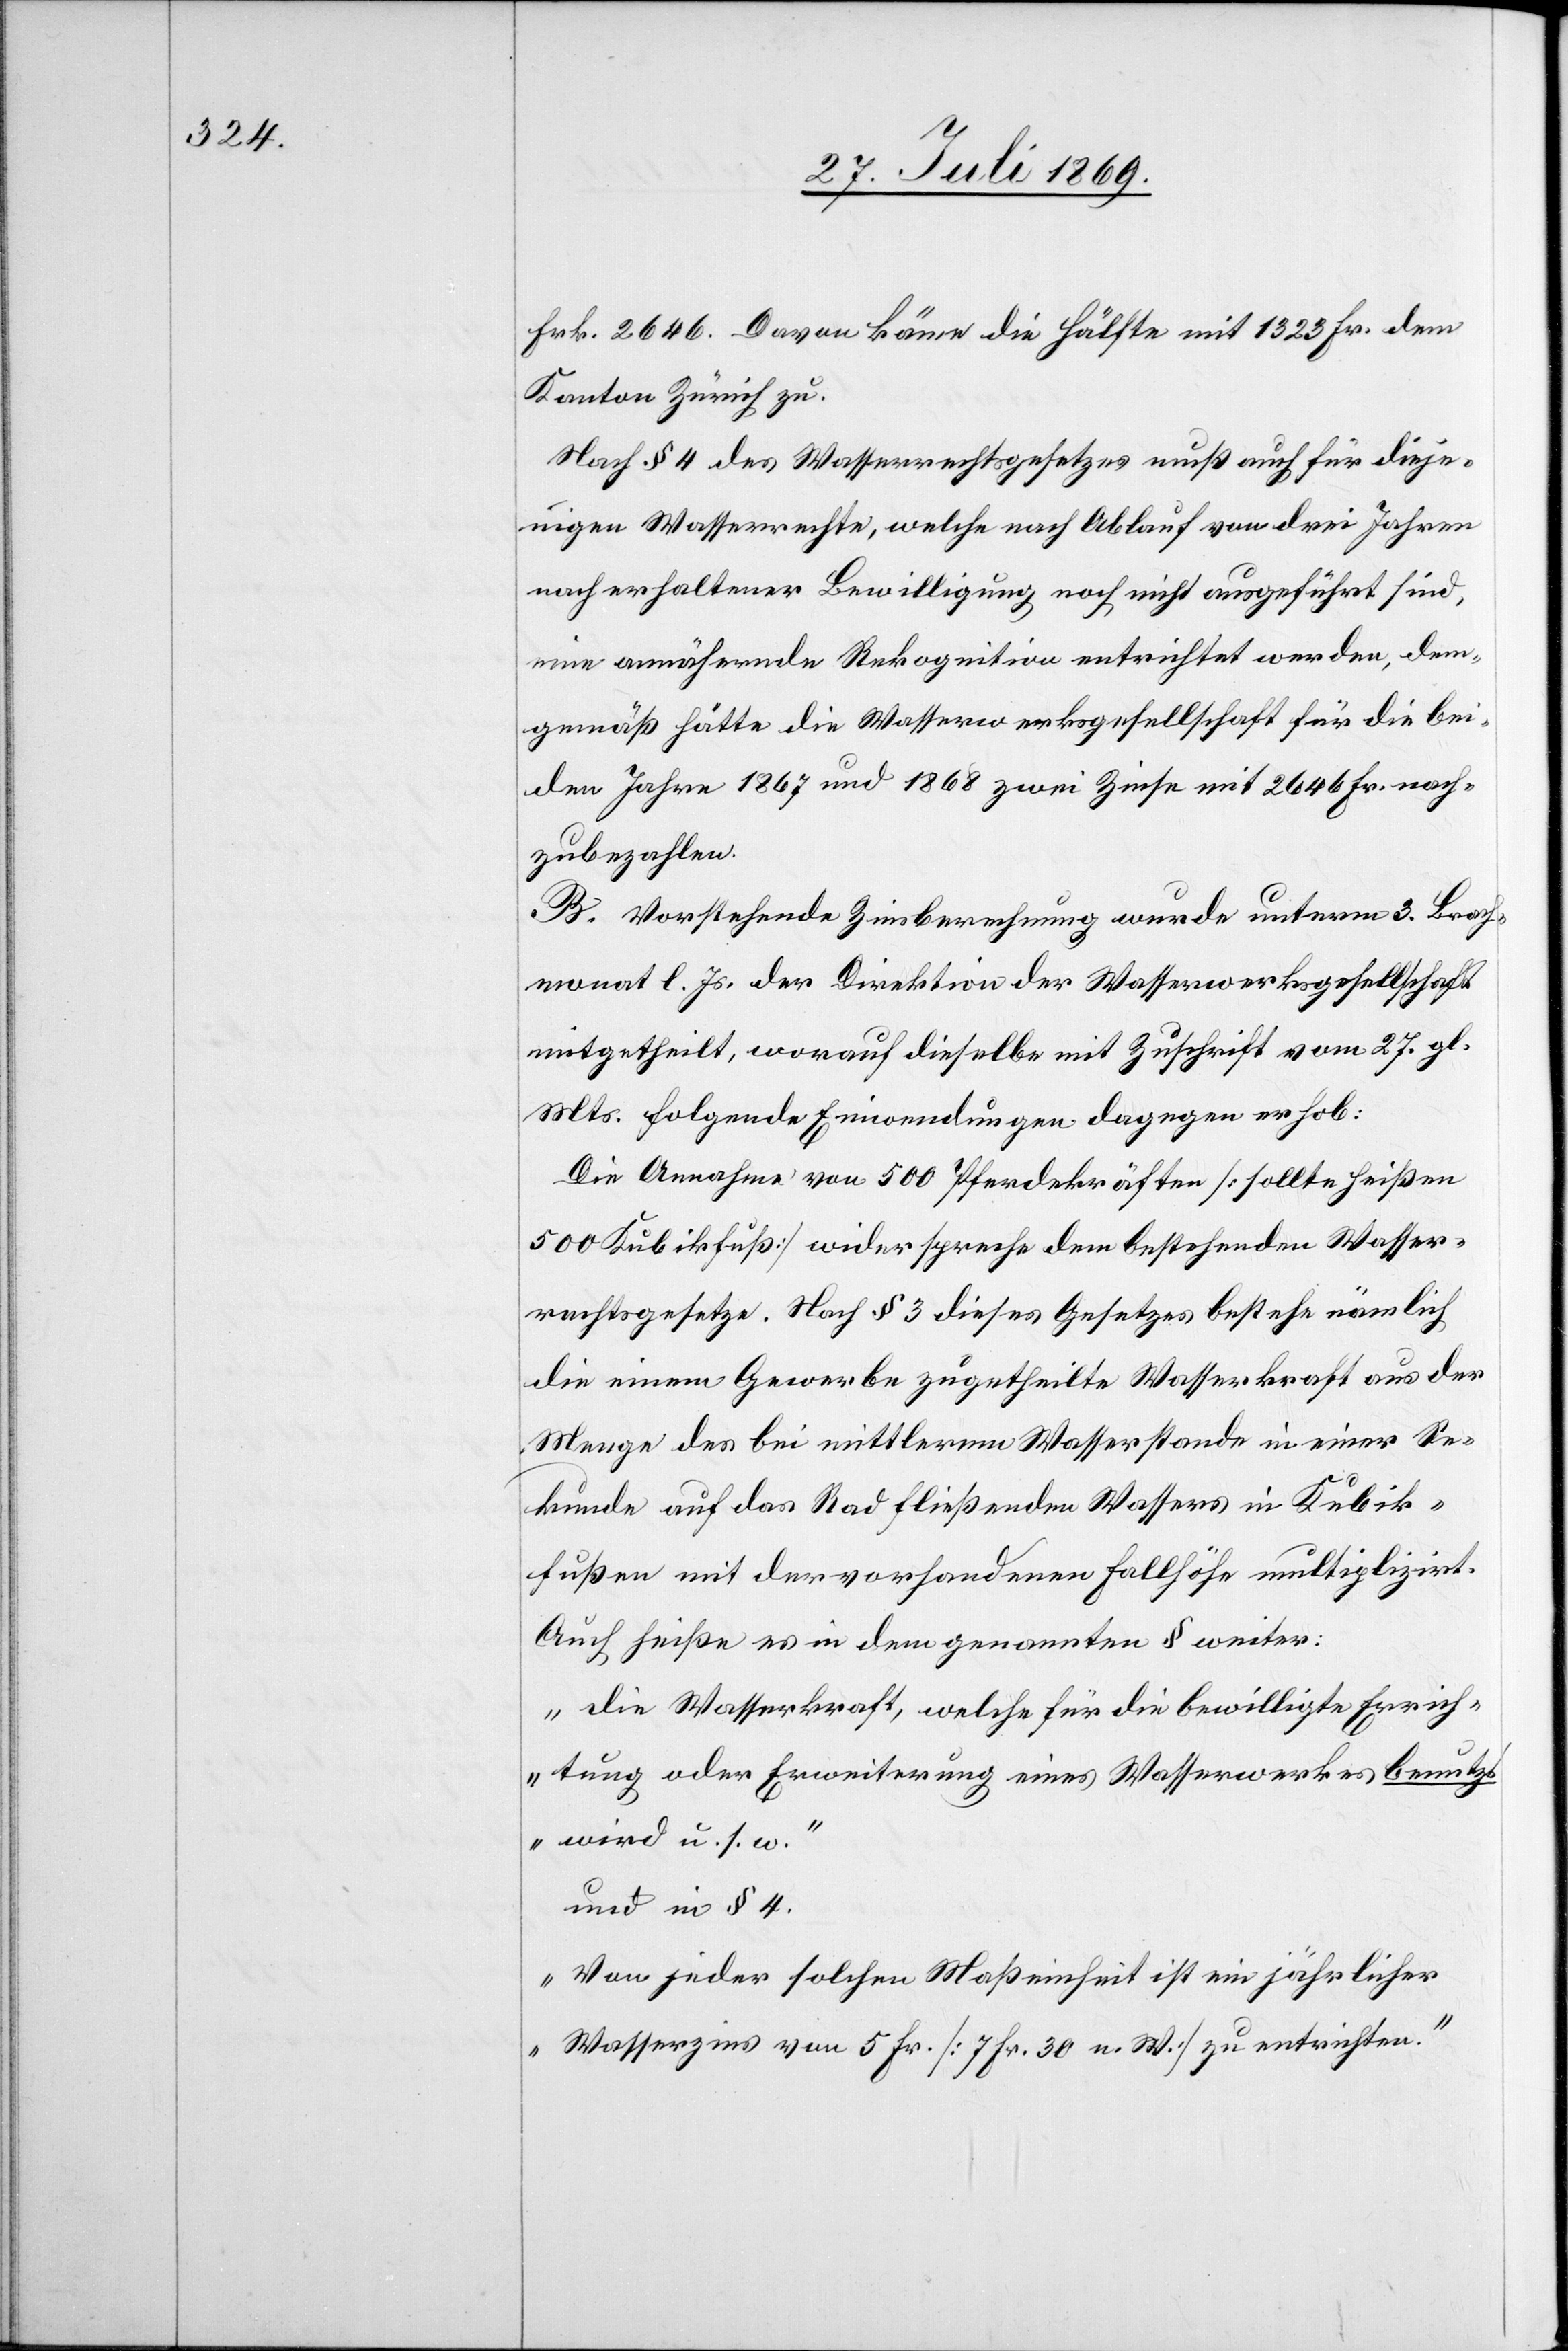
Frk. 2646. Davon könne die Hälfte mit 1323 Fr. dem
Kanton Zürich zu.
Nach § 4 des Wasserrechtsgesetzes muß auch für dieje¬
nigen Wasserrechte, welche nach Ablauf von drei Jahren
nach erhaltener Bewilligung noch nicht ausgeführt sind,
eine annähernde Rekognition entrichtet werden, dem¬
gemäß hätte die Wasserwerksgesellschaft für die bei¬
den Jahre 1867 und 1868 zwei Zinse mit 2646 Fr. nach¬
zubezahlen.
B. Vorstehende Zinsberechnung wurde unterm 3 Brach¬
monat l. Js. der Direktion der Wasserwerksgesellschaft
mitgetheilt, worauf dieselbe mit Zuschrift vom 27 gl.
Mts. folgende Einwendungen dagegen erhob:
Die Annahme von 500 Pferdekräften [sollte heißen
500 Kubikfuß] widerspreche dem bestehenden Wasser¬
rechtsgesetze. Nach § 3 dieses Gesetzes bestehe nämlich
die einem Gewerbe zugetheilte Wasserkraft aus der
Menge des bei mittlerem Wasserstande in Kubik¬
fußen mit der vorhandenen Fallhöhe multiplizirt.
Auch heiße es in dem genannten § weiter:
„Die Wasserkraft, welche für die bewilligte Errich¬
tung oder Erweiterung eines Wasserwerkes benutzt
wird u. s. w.“
und in § 4.
„Von jeder solchen Maßeinheit ist ein jährlicher
Wasserzins von 5 Fr. [7 Fr. 30 n. W.] zu entrichten.“